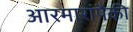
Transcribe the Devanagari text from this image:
आरमारांपैकी